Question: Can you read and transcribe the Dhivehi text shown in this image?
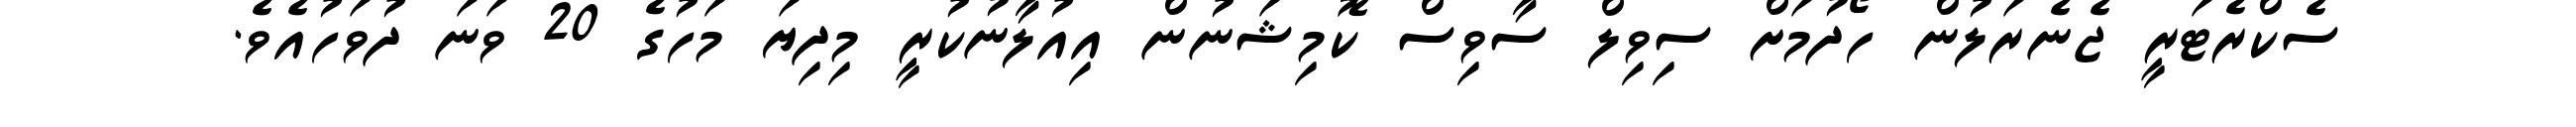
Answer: ސެކްރެޓަރީ ޖެނެރަލުން ހޯދުމަށް ސިވިލް ސާވިސް ކޮމިޝަނުން އިއުލާނުކުރީ މިދިޔަ މަހުގެ 20 ވަނަ ދުވަހުއެވެ.